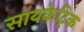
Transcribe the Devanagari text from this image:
सायकेट्रिक